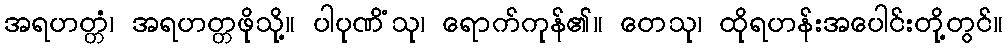
အရဟတ္တံ၊ အရဟတ္တဖိုသို့။ ပါပုဏိံသု၊ ရောက်ကုန်၏။ တေသု၊ ထိုရဟန်းအပေါင်းတို့တွင်။